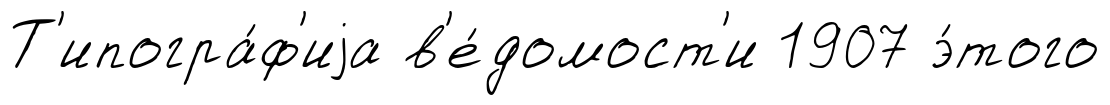
Т'ипогра́ф'иjа в'е́домост'и 1907 э́того